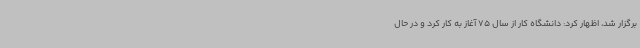
برگزار شد، اظهار کرد: دانشگاه کار از سال 75 آغاز به کار کرد و در حال